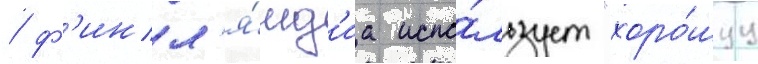
/ ф'инл'я́нд'иа испо́льзует "хоро́шуу